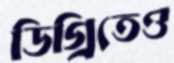
ডিগ্রিতেও